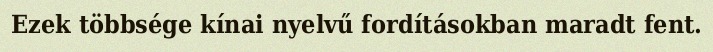
Ezek többsége kínai nyelvű fordításokban maradt fent.